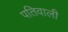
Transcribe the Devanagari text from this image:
पतिवाली